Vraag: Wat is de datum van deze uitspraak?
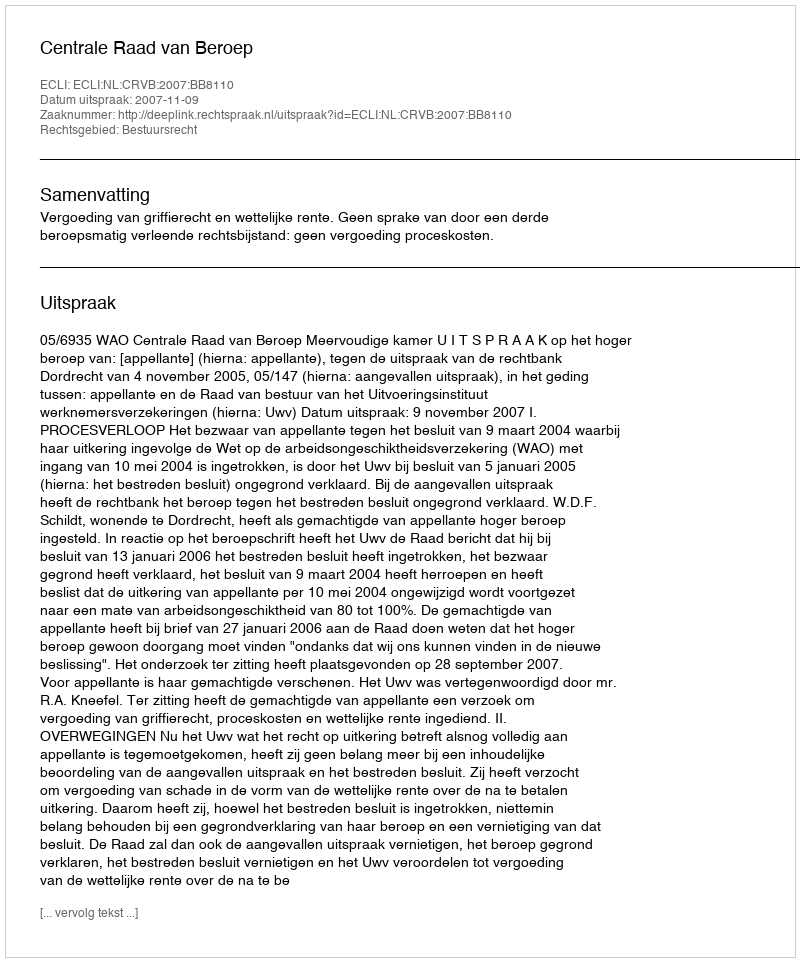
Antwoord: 2007-11-09